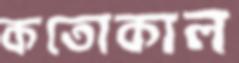
কতোকাল